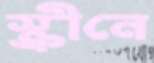
স্ক্রীনে